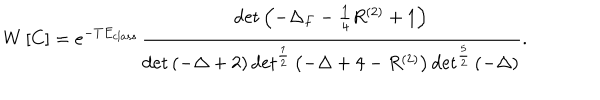
W \left[ C \right] = e ^ { - T E _ { c l a s s } } \frac { \det \left( - \Delta _ { F } - \frac { 1 } { 4 } R ^ { ( 2 ) } + 1 \right) } { \det \left( - \Delta + 2 \right) \det ^ { \frac { 1 } { 2 } } \left( - \Delta + 4 - R ^ { ( 2 ) } \right) \det ^ { \frac { 5 } { 2 } } \left( - \Delta \right) } .